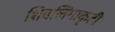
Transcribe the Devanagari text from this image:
शिवलिंगाकृती